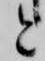
と